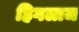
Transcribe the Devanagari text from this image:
हिगलाज